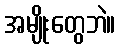
အမျိုးတွေဘဲ။